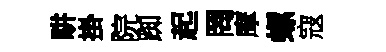
畊掛院踟起罔摩螺寇